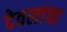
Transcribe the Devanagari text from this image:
देवलांचा